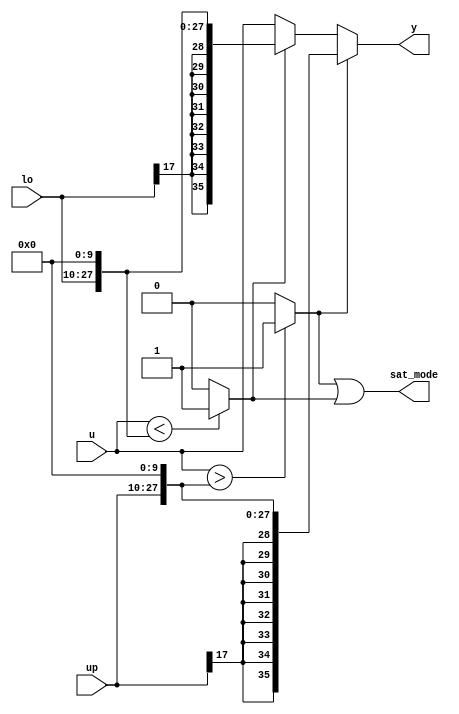
module velocityControlHdl_Dynamic_Saturation
          (
           up,
           u,
           lo,
           y,
           sat_mode
          );
  input   signed [17:0] up;  
  input   signed [35:0] u;  
  input   signed [17:0] lo;  
  output  signed [35:0] y;  
  output  sat_mode;
  wire signed [35:0] LowerRelop1_1_cast;  
  wire LowerRelop1_relop1;
  wire signed [35:0] UpperRelop_1_cast;  
  wire UpperRelop_relop1;
  wire signed [35:0] lo_dtc;  
  wire signed [35:0] Switch_out1;  
  wire signed [35:0] up_dtc;  
  wire signed [35:0] Switch2_out1;  
  wire LowerRelop1_out1;
  assign LowerRelop1_1_cast = {{8{up[17]}}, {up, 10'b0000000000}};
  assign LowerRelop1_relop1 = (u > LowerRelop1_1_cast ? 1'b1 :
              1'b0);
  assign UpperRelop_1_cast = {{8{lo[17]}}, {lo, 10'b0000000000}};
  assign UpperRelop_relop1 = (u < UpperRelop_1_cast ? 1'b1 :
              1'b0);
  assign lo_dtc = {{8{lo[17]}}, {lo, 10'b0000000000}};
  assign Switch_out1 = (UpperRelop_relop1 == 1'b0 ? u :
              lo_dtc);
  assign up_dtc = {{8{up[17]}}, {up, 10'b0000000000}};
  assign Switch2_out1 = (LowerRelop1_relop1 == 1'b0 ? Switch_out1 :
              up_dtc);
  assign y = Switch2_out1;
  assign LowerRelop1_out1 = LowerRelop1_relop1 | UpperRelop_relop1;
  assign sat_mode = LowerRelop1_out1;
endmodule